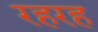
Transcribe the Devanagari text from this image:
रहरह